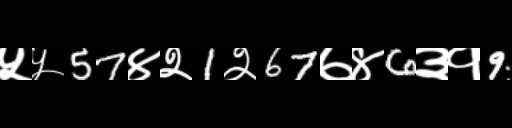
Text: ५५57४२1२67७४6३१9